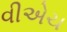
વીએચ